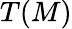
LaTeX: T(M)